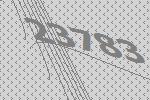
23783